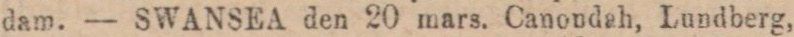
dam. — SWANSEA den 20 mars. Canondah, Lundberg,